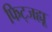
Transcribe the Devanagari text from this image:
फिट्जह्यू